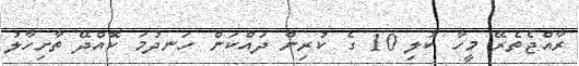
ރާއްޖެތެރޭ މީހާ ކުލި 10 ގެ ކުރިން ދައްކަން ހަނދުމަ ކޮއްދޭ ތާށިހާލު